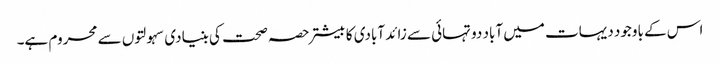
اس کے باوجود دیہات میں آباد دو تہائی سے زائد آبادی کا بیشتر حصہ صحت کی بنیادی سہولتوں سے محروم ہے۔